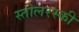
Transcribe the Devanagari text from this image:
स्तोलरस्की